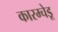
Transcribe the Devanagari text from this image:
कारम्चेडू